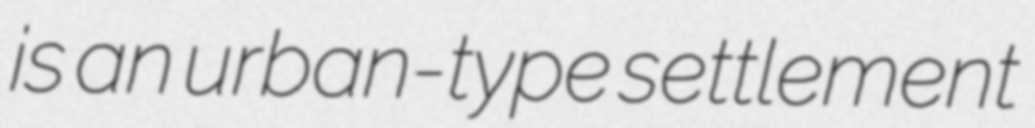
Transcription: is an urban-type settlement